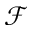
\mathcal { F }